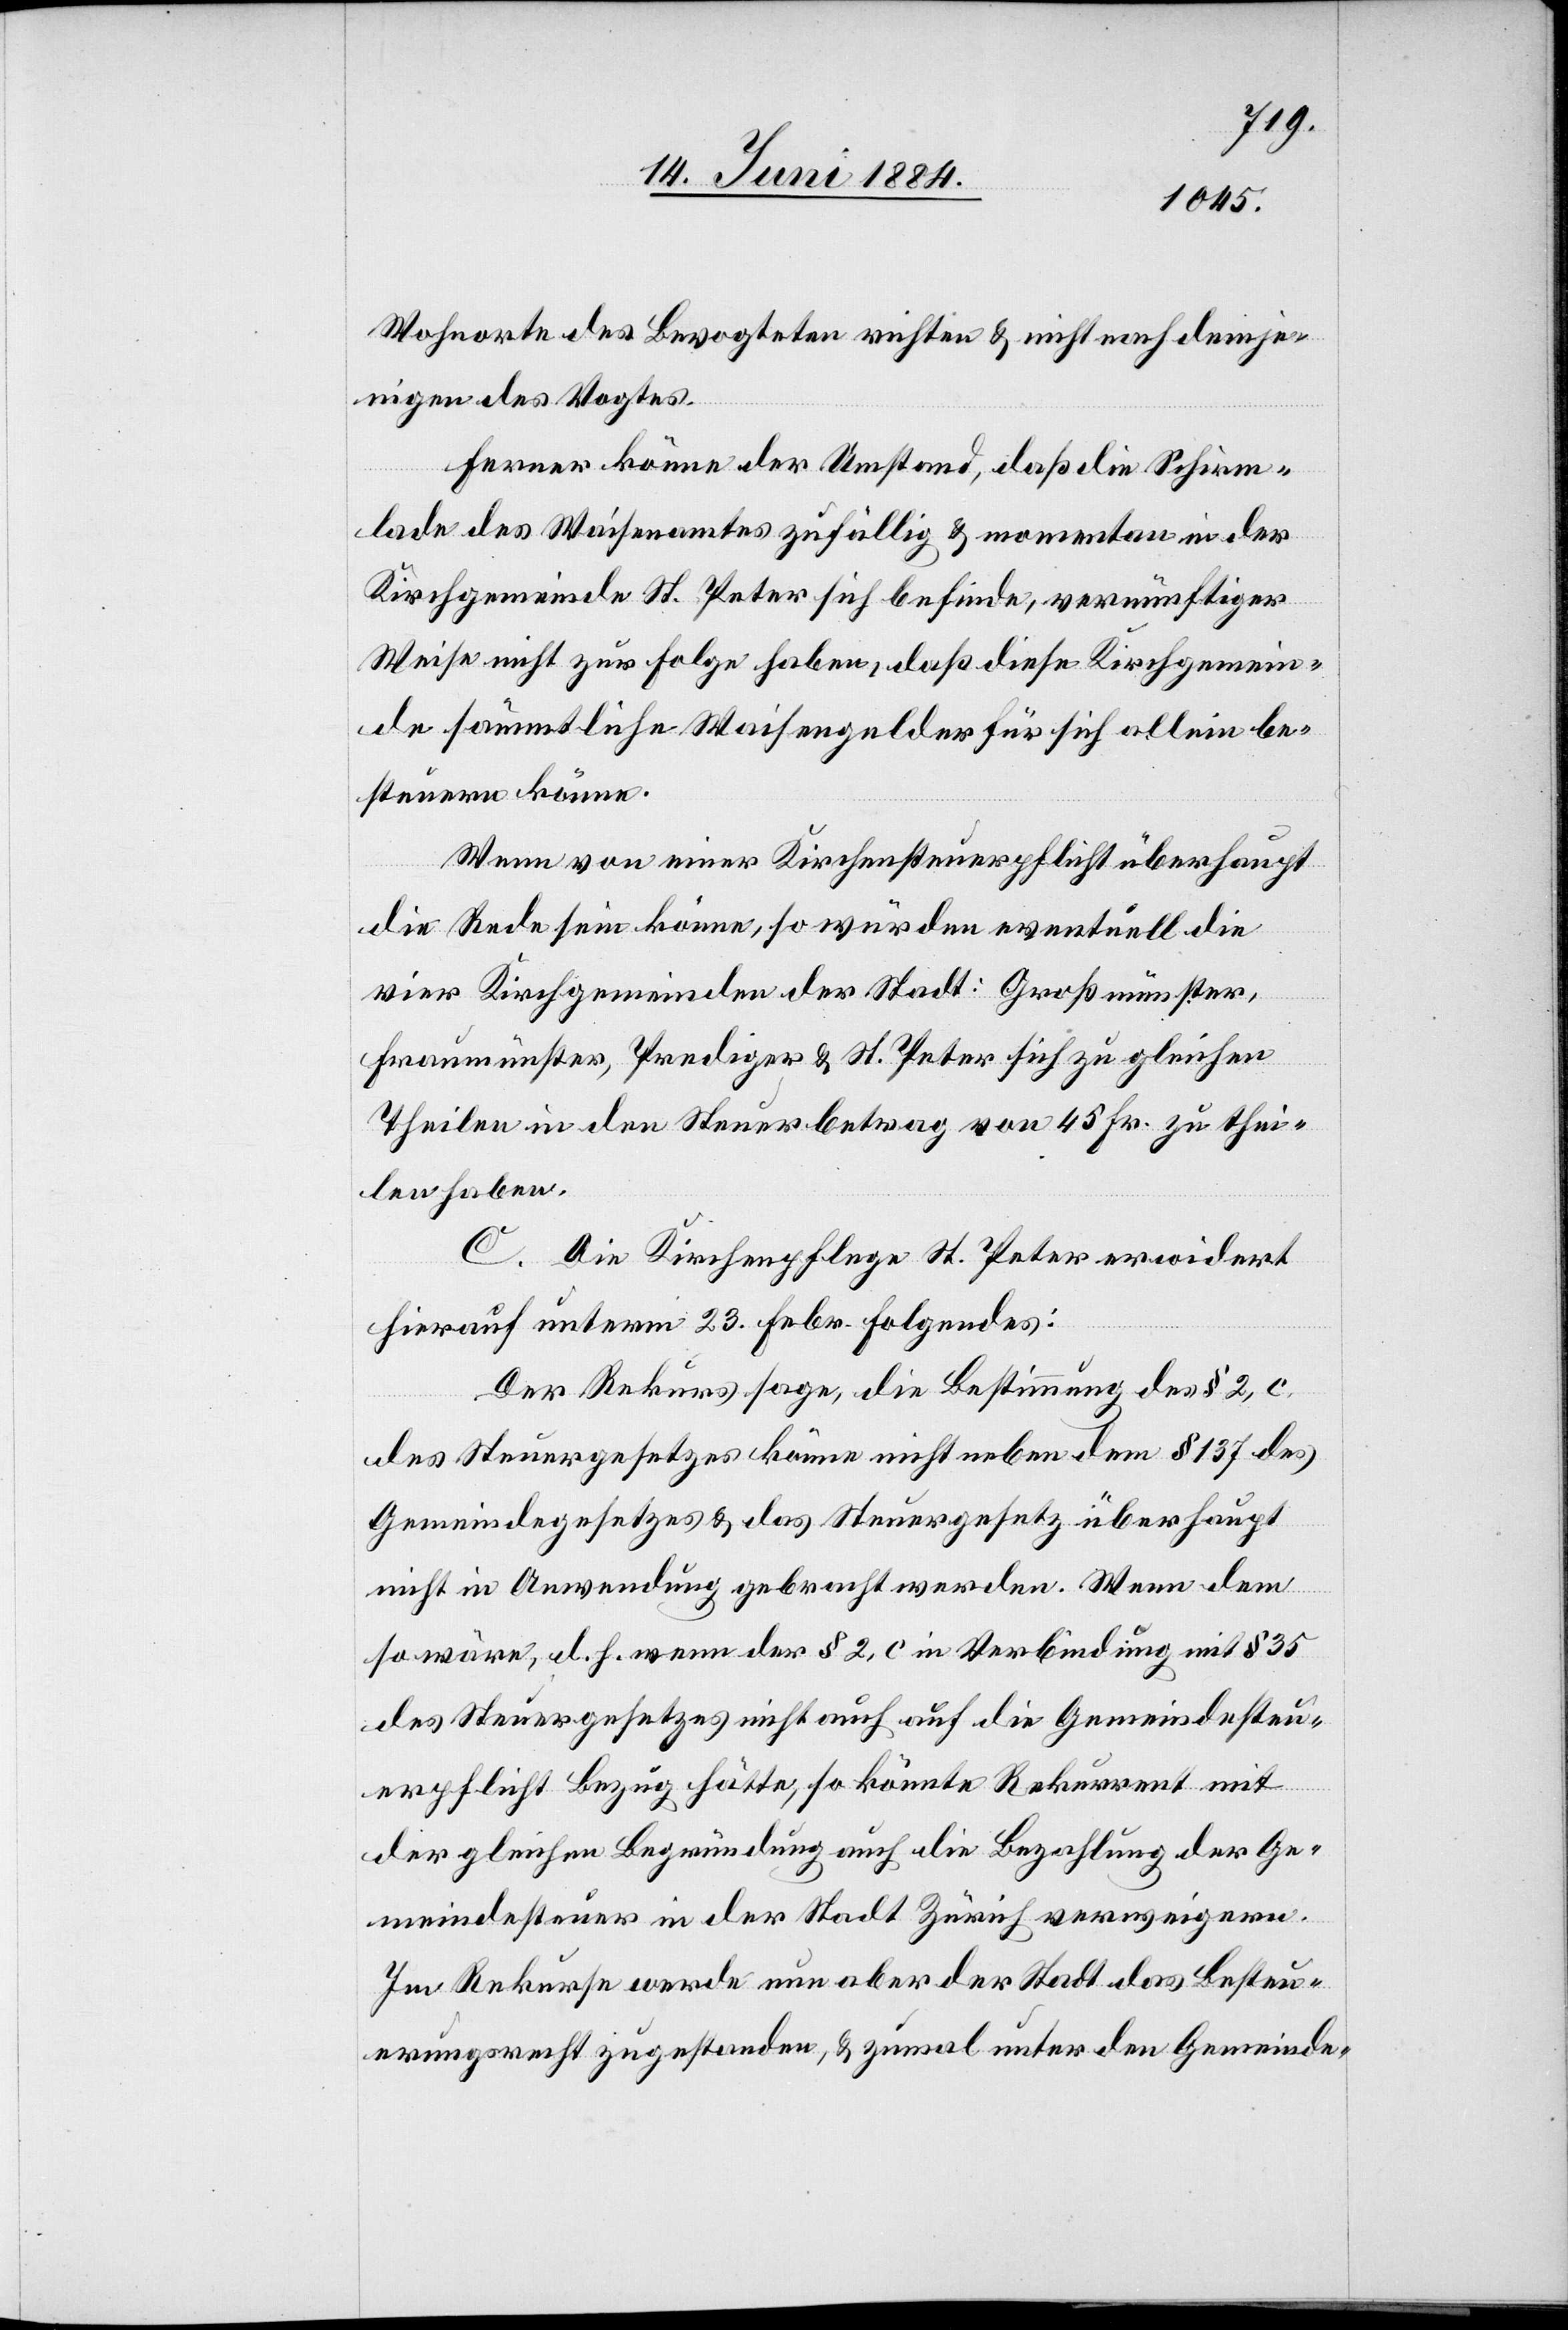
Wohnorte des Bevogteten richten & nicht nach demje¬
nigen des Vogtes.
Ferner könne der Umstand, daß die Schirm¬
lade des Waisenamtes zufällig & momentan in der
Kirchgemeinde St. Peter sich befinde, vernünftiger
Weise nicht zur Folge haben, daß diese Kirchgemein¬
de sämmtliche Waisengelder für sich allein be¬
steuern könne.
Wenn von einer Kirchensteuerpflicht überhaupt
die Rede sein könne, so würden eventuell die
vier Kirchgemeinden der Stadt: Großmünster,
Fraumünster, Prediger & St. Peter sich zu gleichen
Theilen in den Steuerbetrag von 45 Fr. zu thei¬
len haben.
C. Die Kirchenpflege St. Peter erwidert
hierauf unterm 23. Febr. folgendes:
Der Rekurs sage, die Bestimmung des § 2, c,
des Steuergesetzes könne nicht neben dem § 137 des
Gemeindegesetzes & das Steuergesetz überhaupt
nicht in Anwendung gebracht werden. Wenn dem
so wäre, d. h. wenn der § 2, c in Verbindung mit § 35
des Steuergesetzes nicht auch auf die Gemeindesteu¬
erpflicht Bezug hätte, so könnte Rekurrent mit
der gleichen Begründung auch die Bezahlung der Ge¬
meindesteuer in der Stadt Zürich verweigern.
Im Rekurse werde nun aber der Stadt das Besteu¬
erungsrecht zugestanden, & zumal unter den Gemeinde-